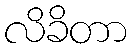
လိခိတာ